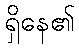
ရှိနေ၏